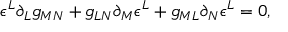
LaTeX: \epsilon ^ { L } \partial _ { L } g _ { M N } + g _ { L N } \partial _ { M } \epsilon ^ { L } + g _ { M L } \partial _ { N } \epsilon ^ { L } = 0 ,